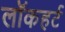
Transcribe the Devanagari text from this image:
लॉकहर्ट